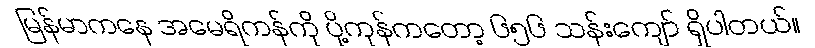
မြန်မာကနေ အမေရိကန်ကို ပို့ကုန်ကတော့ ၆၅၆ သန်းကျော် ရှိပါတယ်။